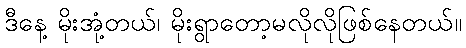
ဒီနေ့ မိုးအုံ့တယ်၊ မိုးရွာတော့မလိုလိုဖြစ်နေတယ်။